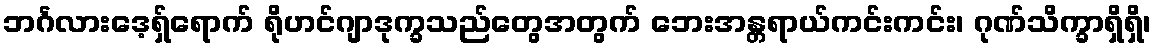
ဘင်္ဂလားဒေ့ရှ်ရောက် ရိုဟင်ဂျာဒုက္ခသည်တွေအတွက် ဘေးအန္တရာယ်ကင်းကင်း၊ ဂုဏ်သိက္ခာရှိရှိ၊